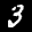
Label: 3